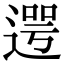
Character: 遌